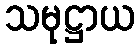
သမုဋ္ဌာယ